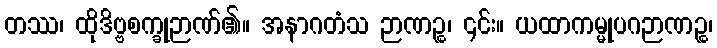
တဿ၊ ထိုဒိဗ္ဗစက္ခုဉာဏ်၏။ အနာဂတံသ ဉာဏဉ္စ၊ ၎င်း။ ယထာကမ္မုပဂဉာဏဉ္စ၊